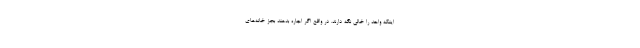
اینکه واحد را خالی نگه دارند. در واقع اگر اجاره بدهند بجز خانه‌های